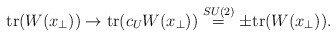
\begin{align*}\mbox{tr}(W(x_{\perp})) \rightarrow \mbox{tr}(c_{U} W(x_{\perp}))\stackrel{SU(2)}{=} \pm \mbox{tr}(W(x_{\perp})) .\end{align*}